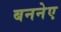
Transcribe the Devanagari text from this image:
बननेए